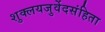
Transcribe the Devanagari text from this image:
शुक्लयजुर्वेदसंहिता